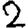
Digit: 2